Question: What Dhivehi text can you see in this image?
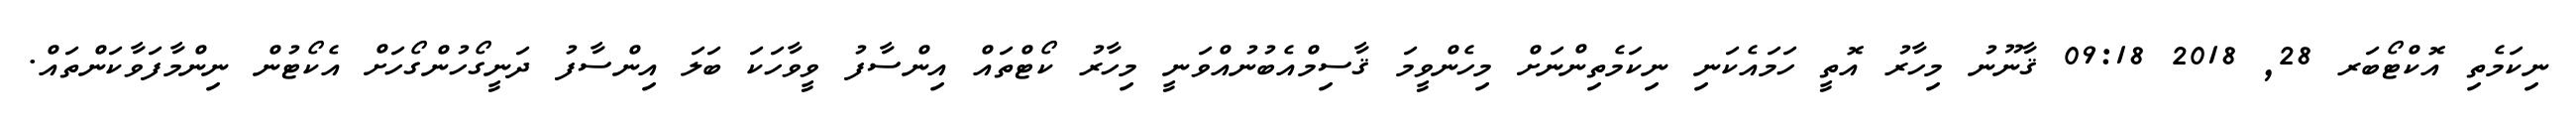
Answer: ނިކަމެތި އޮކްޓޯބަރ 28, 2018 09:18 ޤާނޫނު މިހާރު އޮތީ ހަމައެކަނި ނިކަމެތިންނަށް މިހެންވީމަ ޤާސިމްއެބުނުއްވަނީ މިހާރު ކޯޓްތައް އިންސާފު ވީވާހަކަ ބަލަ އިންސާފު ދަނީގޯހުންގޯހަށް އެކޯޓުން ނިންމާފަވާކަންތައް.